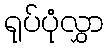
ရုပ်ပုံလွှာ